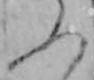
ふ